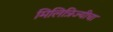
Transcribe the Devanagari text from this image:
मिलित्रिज्यीचा